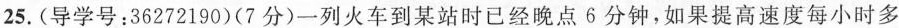
25.(导学号：36272190)(7分)一列火车到某站时已经晚点6分钟，如果提高速度每小时多